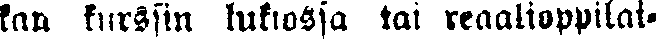
kan kurssin lukiossa tai reaalioppilai-